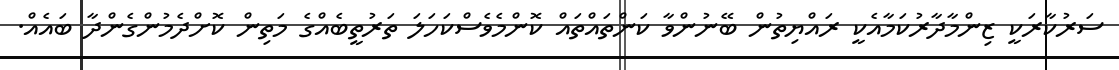
ސަރުކާރަކީ ޒިންމާދާރުކަމާއެކީ ރައްޔިތުން ބޭނުންވާ ކަންތައްތައް ކޮންމެވެސްކަހަލަ ތަރުތީބެއްގެ މަތިން ކޮށްދެމުންގެންދާ ބައެއް.